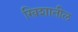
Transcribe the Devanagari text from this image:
खिशातील